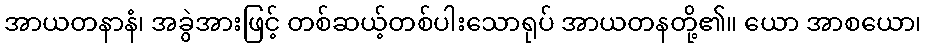
အာယတနာနံ၊ အခွဲအားဖြင့် တစ်ဆယ့်တစ်ပါးသောရုပ် အာယတနတို့၏။ ယော အာစယော၊